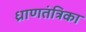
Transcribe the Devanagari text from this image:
ध्राणतंत्रिका